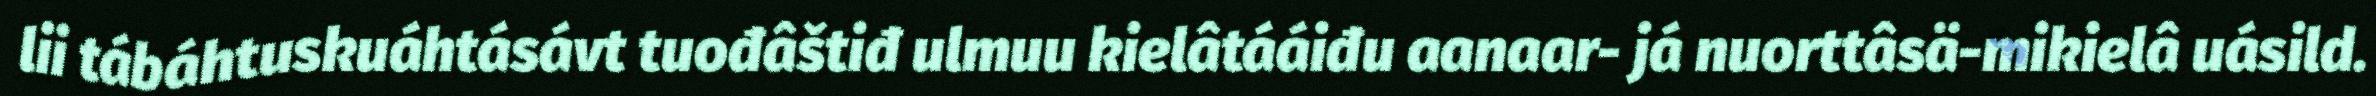
lii tábáhtuskuáhtásávt tuođâštiđ ulmuu kielâtááiđu aanaar- já nuorttâsä-mikielâ uásild.